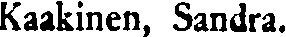
Kaakinen, Sandra.